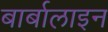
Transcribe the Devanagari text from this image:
बार्बालाइन